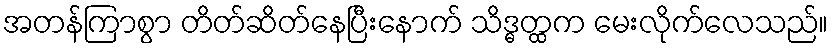
အတန်ကြာစွာ တိတ်ဆိတ်နေပြီးနောက် သိဒ္ဓတ္ထက မေးလိုက်လေသည်။